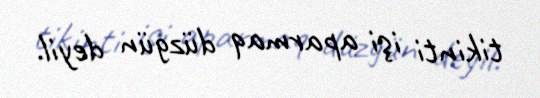
tikinti işi aparmaq düzgün deyil.